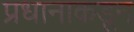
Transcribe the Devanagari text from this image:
प्रधानाकडून